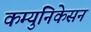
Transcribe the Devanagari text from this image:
कम्युनिकेसन